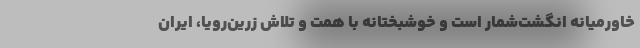
خاورمیانه انگشت‌شمار است و خوشبختانه با همت و تلاش زرین‌رویا، ایران